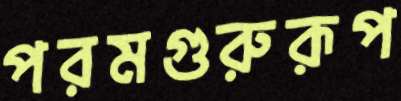
পরমগুরুরূপ